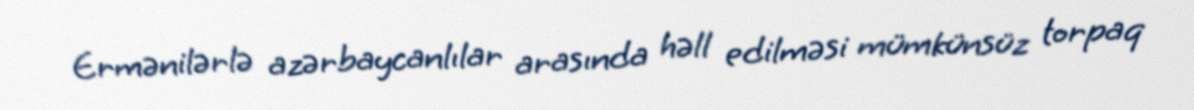
Ermənilərlə azərbaycanlılar arasında həll edilməsi mümkünsüz torpaq